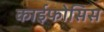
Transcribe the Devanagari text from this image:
काईफोसिस